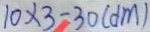
1 0 \times 3 = 3 0 ( d m )